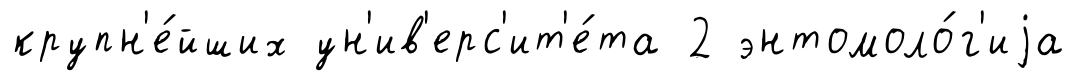
крупн'е́йших ун'ив'ерс'ит'е́та 2 энтомоло́г'иjа